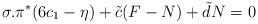
LaTeX: \begin{align*}\sigma.\pi^*(6 c_1-\eta)+{\tilde c}(F-N)+{\tilde d}N=0\end{align*}